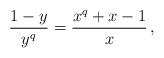
LaTeX: \begin{align*}\frac{1-y}{y^q}=\frac{x^q+x-1}{x}\,,\end{align*}